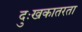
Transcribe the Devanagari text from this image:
दुःखकातरता